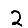
Digit: 2